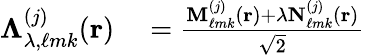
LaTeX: \begin{array}{rl}{\mathbf{\Lambda}_{\lambda,\ell mk}^{(j)}(\mathbf{r})}&{{}=\frac{\mathbf{M}_{\ell mk}^{(j)}(\mathbf{r})+\lambda\mathbf{N}_{\ell mk}^{(j)}(\mathbf{r})}{\sqrt{2}}}\end{array}